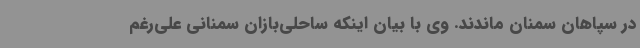
در سپاهان سمنان ماندند. وی با بیان اینکه ساحلی‌بازان سمنانی علی‌رغم